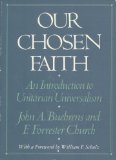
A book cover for Our Chosen Faith: An Introduction to Unitarian Universalism; John A. Buehrens; Religion & Spirituality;